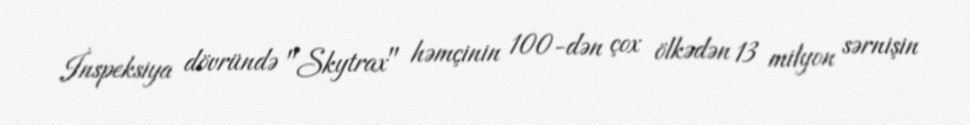
İnspeksiya dövründə "Skytrax" həmçinin 100-dən çox ölkədən 13 milyon sərnişin